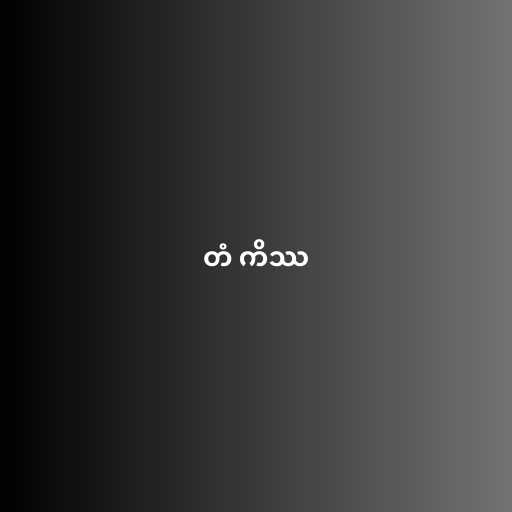
တံ ကိဿ